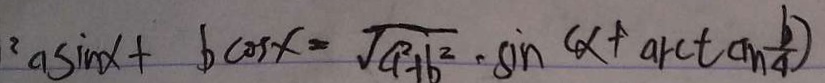
^ { 2 } a \sin x + b \cos x = \sqrt { a ^ { 2 } + b ^ { 2 } } \cdot \sin ( x + a r c t c m \frac { b } { 4 } )